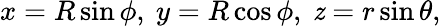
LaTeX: x=R\sin\phi,\ y=R\cos\phi,\ \mathit{z}=r\sin\theta,